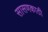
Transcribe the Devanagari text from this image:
सासणकाठी